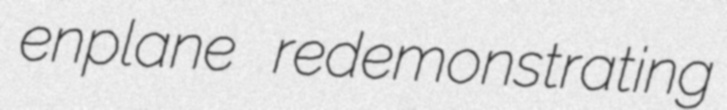
enplane redemonstrating